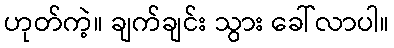
ဟုတ်ကဲ့။ ချက်ချင်း သွား ခေါ်လာပါ။